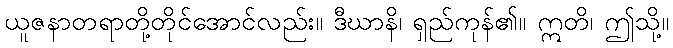
ယူဇနာတရာတို့တိုင်အောင်လည်း။ ဒီဃာနိ၊ ရှည်ကုန်၏။ ဣတိ၊ ဤသို့။